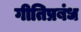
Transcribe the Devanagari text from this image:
गीतिप्रबंध